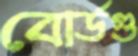
বোর্ডগু